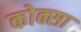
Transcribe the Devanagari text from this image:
कोक्सा